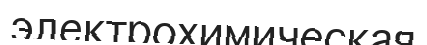
электрохимическая